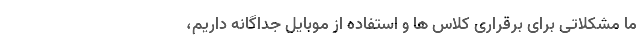
ما مشکلاتی برای برقراری کلاس ها و استفاده از موبایل جداگانه داریم،